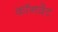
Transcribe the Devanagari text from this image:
कॉनवेंट